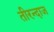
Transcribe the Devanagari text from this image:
तीरन्दाज